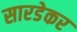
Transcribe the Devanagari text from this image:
सारडेकर